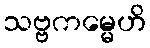
သဗ္ဗကမ္မေဟိ